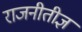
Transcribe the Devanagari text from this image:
राजनीतीज्ञ